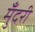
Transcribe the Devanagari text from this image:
मुँदरी